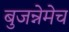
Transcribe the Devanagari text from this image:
बुजन्नेमेच